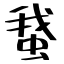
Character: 䖸